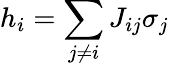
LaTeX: h_{i}=\sum_{j\neq i}J_{ij}\sigma_{j}